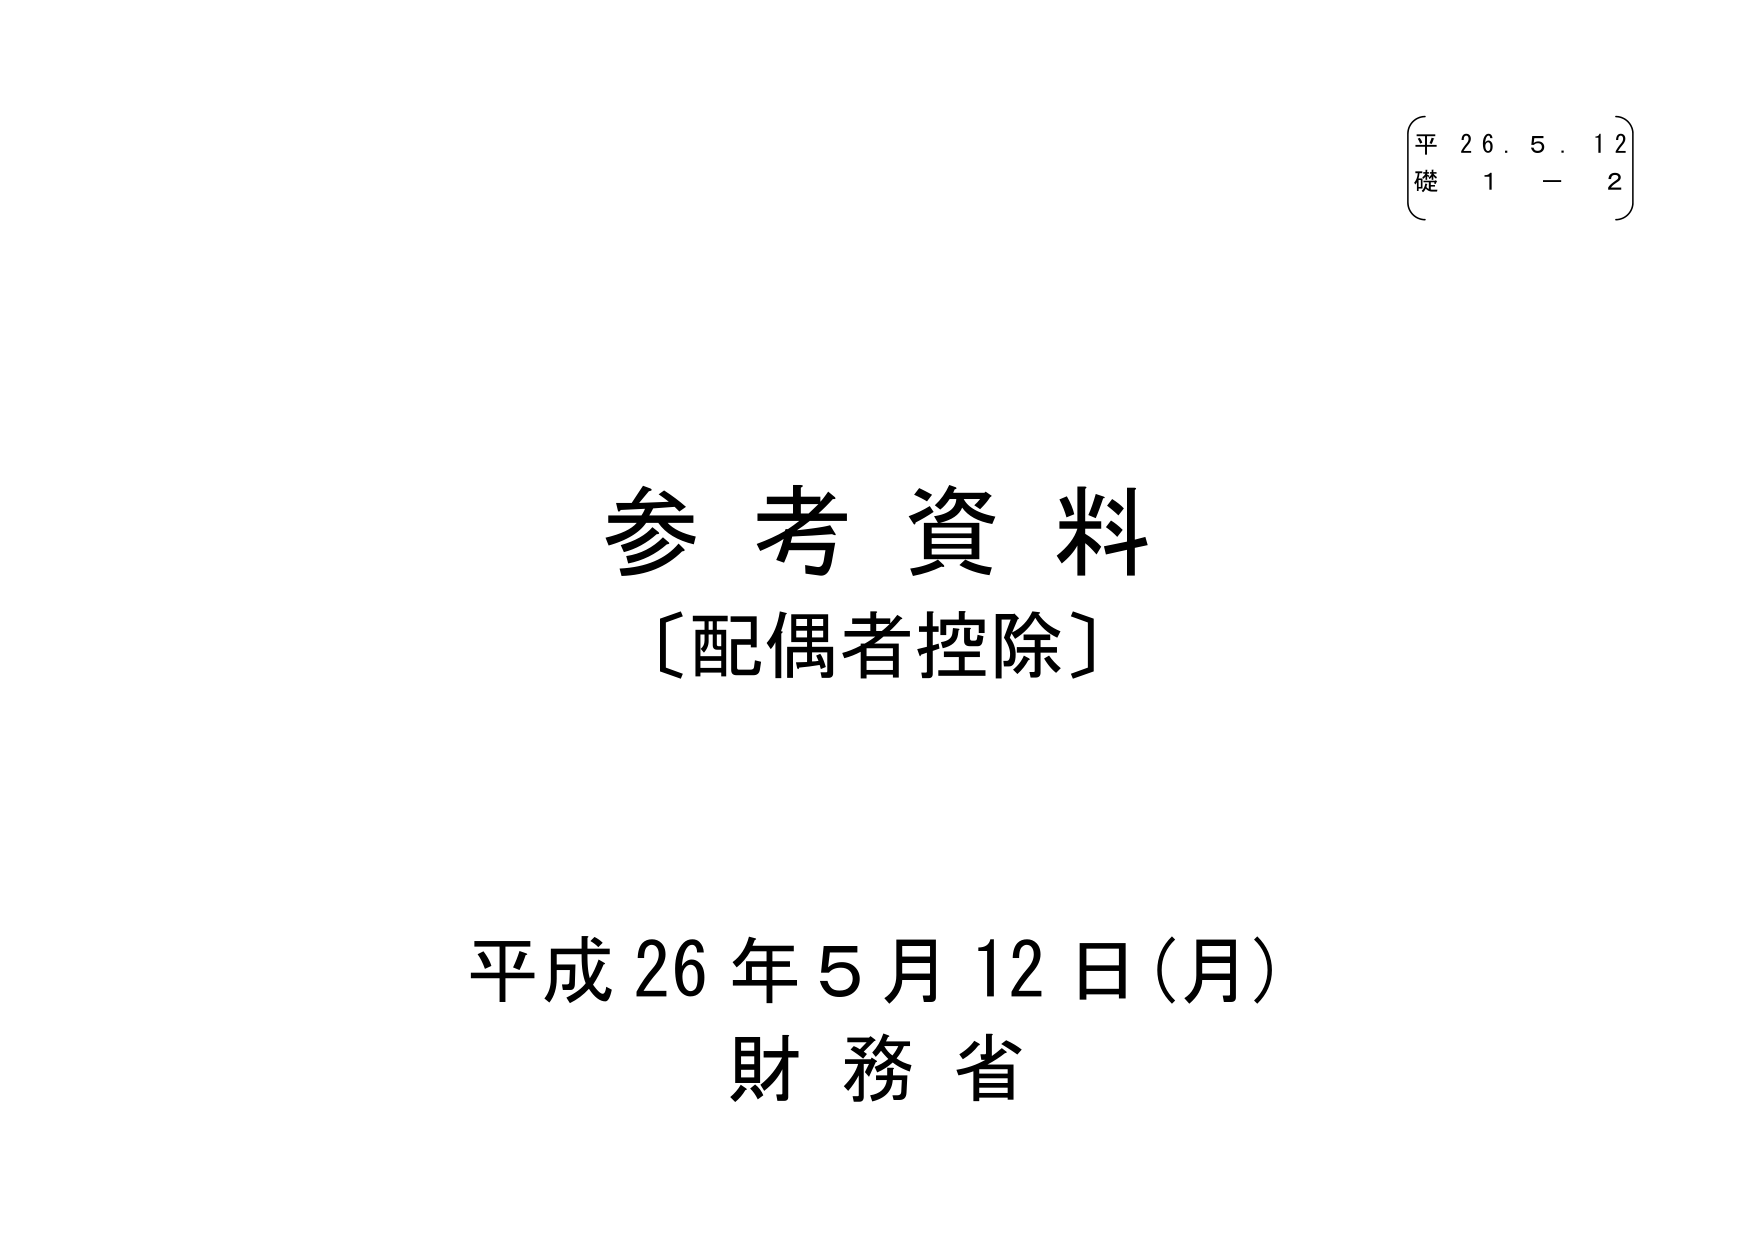
平 26.5.12
礎 1 - 2

参考資料
〔配偶者控除〕

平成26年5月12日（月）
財務省